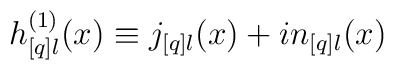
h_{[q]l}^{(1)}(x) \equiv j_{[q]l}(x) + i n_{[q]l}(x)